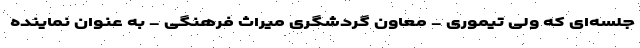
جلسه‌ای که ولی تیموری - معاون گردشگری میراث فرهنگی - به عنوان نماینده